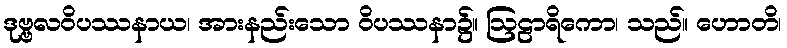
ဒုဗ္ဗလဝိပဿနာယ၊ အားနည်းသော ဝိပဿနာ၌။ ဩဠာရိကော၊ သည်။ ဟောတိ၊